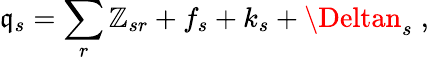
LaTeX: \mathfrak{q}_{s}=\sum_{r}\mathbb{Z}_{sr}+f_{s}+k_{s}+\Deltan_{s}\; ,